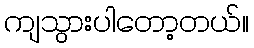
ကျသွားပါတော့တယ်။